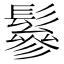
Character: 鬖